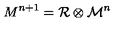
{ M } ^ { n + 1 } = { \cal R } \otimes { \cal M } ^ { n }